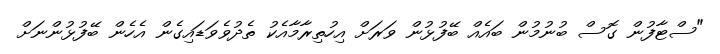
"ސްޓާފުން ގޮސް ބުނުމުން ބައެއް ބޭފުޅުން ވަރަށް އިހުތިރާމާއެކު ތެދުވެވަޑައިގެން އެހެން ބޭފުޅުންނަށް